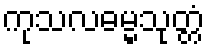
ကုသလဓမ္မသုတ္တံ